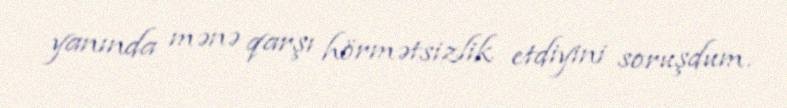
yanında mənə qarşı hörmətsizlik etdiyini soruşdum.